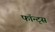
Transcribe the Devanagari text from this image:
फॉन्ट्‌स